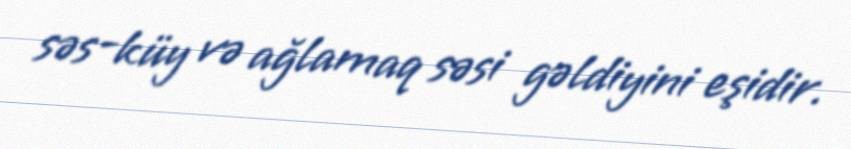
səs-küy və ağlamaq səsi gəldiyini eşidir.